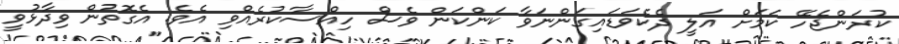
ކުރަންޖެހޭ ކަމަށް އަލީ ދެކެވަޑައިގަންނަވާ ކަންކަން ވެސް ހިއްސާކުރެއްވި އެވެެ. އެގޮތުން ވިދާޅުވީ